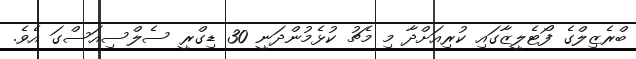
ބްރެޒިލްގެ ފޯޓެލީޒާގައި ކުރިއަށްދާ މި މެޗު ކުޅެމުންދަނީ 30 ޑިގްރީ ސެލްސިއަސްގަ އެވެ.